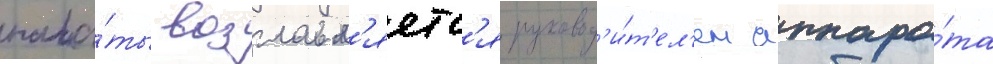
пала́ты возглавл'яетс'я руковод'и́т'ел'ем аппара́та